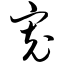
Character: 宽